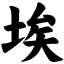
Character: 埃